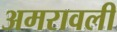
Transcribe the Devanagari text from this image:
अमरावली